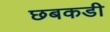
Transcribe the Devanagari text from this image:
छबकडी